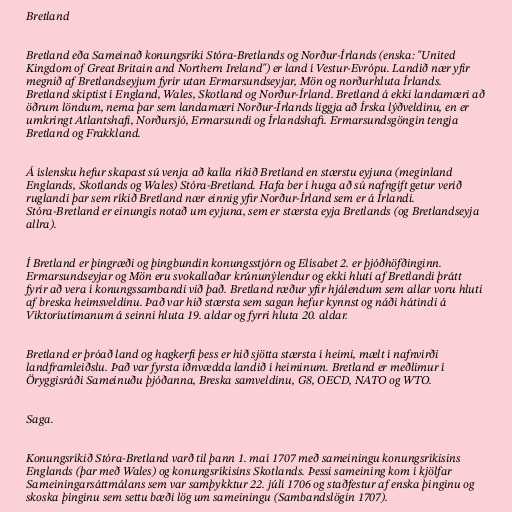
Bretland

Bretland eða Sameinað konungsríki Stóra-Bretlands og Norður-Írlands (enska: "United
Kingdom of Great Britain and Northern Ireland") er land í Vestur-Evrópu. Landið nær yfir
megnið af Bretlandseyjum fyrir utan Ermarsundseyjar, Mön og norðurhluta Írlands.
Bretland skiptist í England, Wales, Skotland og Norður-Írland. Bretland á ekki landamæri að
öðrum löndum, nema þar sem landamæri Norður-Írlands liggja að Írska lýðveldinu, en er
umkringt Atlantshafi, Norðursjó, Ermarsundi og Írlandshafi. Ermarsundsgöngin tengja
Bretland og Frakkland.

Á íslensku hefur skapast sú venja að kalla ríkið Bretland en stærstu eyjuna (meginland
Englands, Skotlands og Wales) Stóra-Bretland. Hafa ber í huga að sú nafngift getur verið
ruglandi þar sem ríkið Bretland nær einnig yfir Norður-Írland sem er á Írlandi.
Stóra-Bretland er einungis notað um eyjuna, sem er stærsta eyja Bretlands (og Bretlandseyja
allra).

Í Bretland er þingræði og þingbundin konungsstjórn og Elísabet 2. er þjóðhöfðinginn.
Ermarsundseyjar og Mön eru svokallaðar krúnunýlendur og ekki hluti af Bretlandi þrátt
fyrir að vera í konungssambandi við það. Bretland ræður yfir hjálendum sem allar voru hluti
af breska heimsveldinu. Það var hið stærsta sem sagan hefur kynnst og náði hátindi á
Viktoríutímanum á seinni hluta 19. aldar og fyrri hluta 20. aldar.

Bretland er þróað land og hagkerfi þess er hið sjötta stærsta í heimi, mælt í nafnvirði
landframleiðslu. Það var fyrsta iðnvædda landið í heiminum. Bretland er meðlimur í
Öryggisráði Sameinuðu þjóðanna, Breska samveldinu, G8, OECD, NATO og WTO.

Saga.

Konungsríkið Stóra-Bretland varð til þann 1. maí 1707 með sameiningu konungsríkisins
Englands (þar með Wales) og konungsríkisins Skotlands. Þessi sameining kom í kjölfar
Sameiningarsáttmálans sem var samþykktur 22. júlí 1706 og staðfestur af enska þinginu og
skoska þinginu sem settu bæði lög um sameiningu (Sambandslögin 1707).